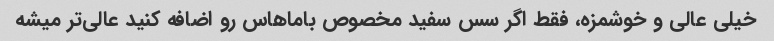
خیلی عالی و خوشمزه، فقط اگر سس سفید مخصوص باماهاس رو اضافه کنید عالی‌تر میشه